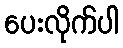
ပေးလိုက်ပါ